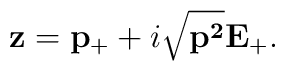
{\bf z}={\bf p}_+ +i\sqrt{{\bf p^2}}{\bf E}_+.